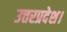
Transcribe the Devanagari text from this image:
उत्तरप्रदेश।